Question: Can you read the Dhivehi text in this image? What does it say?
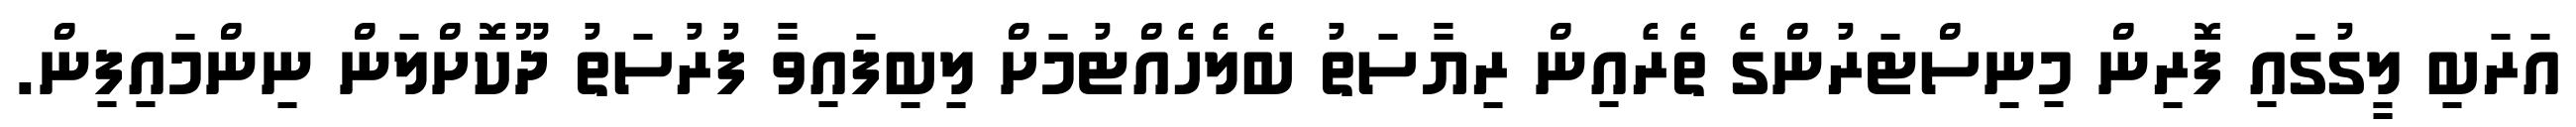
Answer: އަރަބި ލީގުގައި ފޮރިން މިނިސްޓަރުންގެ ތެރެއިން ރިޔާސަތު ބެލެހެއްޓުމަށް ލިބިފައިވާ ފުރުސަތު ދޫކޮށްލަން ނިންމައިފިން.